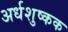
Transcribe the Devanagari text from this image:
अर्धशुष्कक